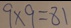
9 \times 9 = 8 1